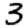
Digit: 3